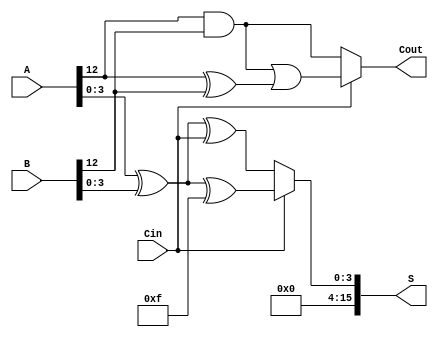
module CarrySelectAdder (
    input [15:0] A,   // 16-bit input A
    input [15:0] B,   // 16-bit input B
    input Cin,        // Carry-in
    output [15:0] S,  // 16-bit sum output
    output Cout       // Carry-out
);

    // Internal signals for carry and sum
    wire [3:0] sum0, sum1;        // Sum outputs when Cin = 0 and Cin = 1
    wire [3:0] carry0, carry1;    // Carry outputs when Cin = 0 and Cin = 1
    wire [3:0] G, P;               // Generate and Propagate signals
    wire [3:0] C;                  // Carry outputs for each block

    // Block 0
    assign G[0] = A[3:0] & B[3:0]; // Generate for block 0
    assign P[0] = A[3:0] ^ B[3:0]; // Propagate for block 0

    // Carry lookahead for block 0
    assign C[0] = G[0] | (P[0] & Cin);
    
    // Sum and carry outputs when Cin = 0
    assign sum0[3:0] = A[3:0] ^ B[3:0] ^ {3'b000, Cin};
    assign carry0[0] = G[0]; // Carry out for block 0 when Cin = 0

    // Sum and carry outputs when Cin = 1
    assign sum1[3:0] = A[3:0] ^ B[3:0] ^ 4'b1111;
    assign carry1[0] = G[0] | (P[0] & 1'b1); // Carry out for block 0 when Cin = 1

    // Block 1
    assign G[1] = A[7:4] & B[7:4]; // Generate for block 1
    assign P[1] = A[7:4] ^ B[7:4]; // Propagate for block 1

    // Carry lookahead for block 1
    assign C[1] = G[1] | (P[1] & C[0]);
    
    // Sum and carry outputs when Cin = 0
    assign sum0[7:4] = A[7:4] ^ B[7:4] ^ {3'b000, C[0]};
    assign carry0[1] = G[1]; // Carry out for block 1 when Cin = 0

    // Sum and carry outputs when Cin = 1
    assign sum1[7:4] = A[7:4] ^ B[7:4] ^ 4'b1111;
    assign carry1[1] = G[1] | (P[1] & 1'b1); // Carry out for block 1 when Cin = 1

    // Block 2
    assign G[2] = A[11:8] & B[11:8]; // Generate for block 2
    assign P[2] = A[11:8] ^ B[11:8]; // Propagate for block 2

    // Carry lookahead for block 2
    assign C[2] = G[2] | (P[2] & C[1]);
    
    // Sum and carry outputs when Cin = 0
    assign sum0[11:8] = A[11:8] ^ B[11:8] ^ {3'b000, C[1]};
    assign carry0[2] = G[2]; // Carry out for block 2 when Cin = 0

    // Sum and carry outputs when Cin = 1
    assign sum1[11:8] = A[11:8] ^ B[11:8] ^ 4'b1111;
    assign carry1[2] = G[2] | (P[2] & 1'b1); // Carry out for block 2 when Cin = 1

    // Block 3
    assign G[3] = A[15:12] & B[15:12]; // Generate for block 3
    assign P[3] = A[15:12] ^ B[15:12]; // Propagate for block 3

    // Carry lookahead for block 3
    assign C[3] = G[3] | (P[3] & C[2]);
    
    // Sum and carry outputs when Cin = 0
    assign sum0[15:12] = A[15:12] ^ B[15:12] ^ {3'b000, C[2]};
    assign carry0[3] = G[3]; // Carry out for block 3 when Cin = 0

    // Sum and carry outputs when Cin = 1
    assign sum1[15:12] = A[15:12] ^ B[15:12] ^ 4'b1111;
    assign carry1[3] = G[3] | (P[3] & 1'b1); // Carry out for block 3 when Cin = 1

    // Final sum output
    assign S = Cin ? sum1 : sum0;

    // Final carry-out
    assign Cout = Cin ? carry1[3] : carry0[3];

endmodule